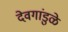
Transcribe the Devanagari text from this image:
देवगांडुळे